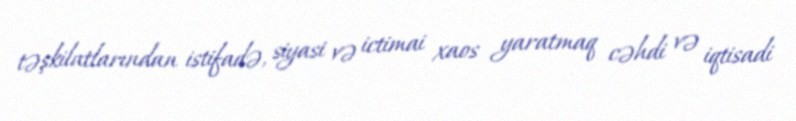
təşkilatlarından istifadə, siyasi və ictimai xaos yaratmaq cəhdi və iqtisadi